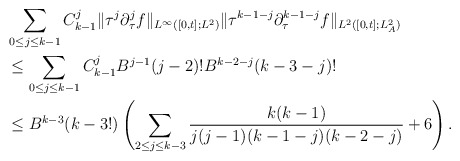
\begin{align*} &\sum_{0\le j\le k-1}C^j_{k-1}\|\tau^j\partial^j_\tau f\|_{L^\infty([0,t];L^2)}\|\tau^{k-1-j}\partial^{k-1-j}_\tau f\|_{L^2([0,t];L^2_A)}\\ &\le\sum_{0\le j\le k-1}C^j_{k-1}B^{j-1}(j-2)!B^{k-2-j}(k-3-j)!\\ &\le B^{k-3}(k-3!)\left(\sum_{2\le j\le k-3}\frac{k(k-1)}{j(j-1)(k-1-j)(k-2-j)}+6\right).\end{align*}